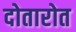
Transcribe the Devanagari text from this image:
दोतारोत